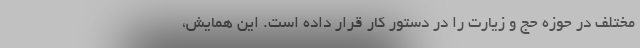
مختلف در حوزه حج و زیارت را در دستور کار قرار داده است. این همایش،